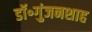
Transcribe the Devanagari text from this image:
डॉ॰गुंजनशाह